Annual returns of the Patna Lunatic Asylum at Bankipore in Bihar and Orissa - 1912-1924
Year: 1912
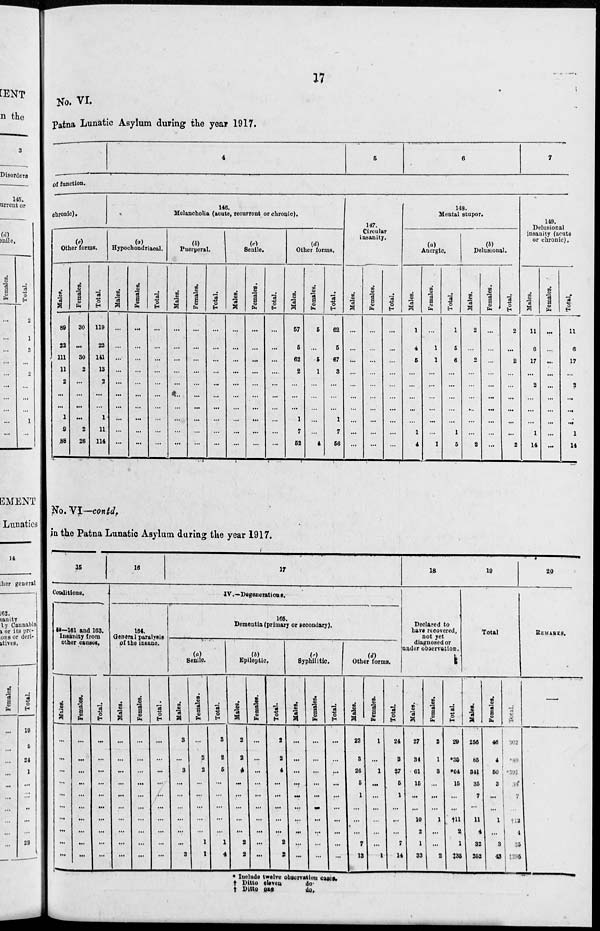
17
No. VI.
Patna Lunatic Asylum during the year 1917.
4
5
6
7
of function.
chronic)
(a)
Other forms.
Males.
89
22
111
11
2
...
...
1
9
88
Females.
30
...
30
2
...
...
...
...
2
26
Total.
119
22
141
13
2
...
...
1
11
114
146.
Melancholia (acute, recurrent or chronic).
(a)
Hypochondriacal.
Males.
...
...
...
...
...
...
...
...
...
...
Females.
...
...
...
...
...
...
...
...
...
...
Total.
...
...
...
...
...
...
...
...
...
...
(b)
Puerperal.
Males.
...
...
...
...
...
...
...
...
...
...
Females.
...
...
...
...
...
...
...
...
...
...
Total.
...
...
...
...
...
...
...
...
...
...
(c)
Senile.
Males.
...
...
...
...
...
...
...
...
...
...
Females.
...
...
...
...
...
...
...
...
...
...
Total.
...
...
...
...
...
...
...
...
...
...
(d)
Other forms.
Males.
57
5
62
2
...
...
...
1
7
52
Females.
5
...
5
1
...
...
...
...
...
4
Total.
62
5
67
3
...
...
...
1
7
56
147.
Circular
insanity.
Males.
...
...
...
...
...
...
...
...
...
...
Females.
...
...
...
...
...
...
...
...
...
...
Total.
...
...
...
...
...
...
...
...
...
...
148.
Mental stupor.
(a)
Anergic.
Males.
1
4
5
...
...
...
...
...
1
4
Females.
...
1
1
...
...
...
...
...
...
1
Total.
1
5
6
...
...
...
...
...
1
5
(b)
Delusional.
Males.
2
...
...
...
...
...
...
...
...
2
Females.
...
...
...
...
...
...
...
...
...
...
Total.
2
...
2
...
...
...
...
...
...
2
149.
Delusional
insanity (acute
or chronic).
Males.
11
6
17
...
2
...
...
...
1
14
Females.
...
...
...
...
...
...
...
...
...
...
Total.
11
6
17
...
2
...
...
...
1
14
No. VI—contd.
in the Patna Lunatic Asylum during the year 1917.
15
Conditions.
52—161 and 163.
Insanity from
other causes.
Males.
...
...
...
...
...
...
...
...
...
...
Females.
...
...
...
...
...
...
...
...
...
...
Total.
...
...
...
...
...
...
...
...
...
...
16
17
IV.—Degenerations.
164.
General paralysis
of the insane.
Males.
...
...
...
...
...
...
...
...
...
...
Females.
...
...
...
...
...
...
...
...
...
...
Total.
...
...
...
...
...
...
...
...
...
...
165.
Dementia (primary or secondary).
(a)
Senile.
Males.
3
...
3
...
...
...
...
...
...
3
Females.
...
2
2
...
...
...
...
...
1
1
Total.
3
2
5
...
...
...
...
...
1
4
(b)
Epileptic.
Males.
2
2
4
...
...
...
...
...
2
2
Females.
...
...
...
...
...
...
...
...
...
...
Total.
2
2
4
...
...
...
...
...
2
2
(c)
Syphilitic.
Males.
...
...
...
...
...
...
...
...
...
...
Females.
...
...
...
...
...
...
...
...
...
...
Total.
...
...
...
...
...
...
...
...
...
...
(d)
Other forms.
Males.
23
3
26
5
1
...
...
...
7
1 3
Females.
1
...
1
... ...
...
...
...
...
1
Total.
24
3
27
5
1
...
...
...
7
14
18
Declared to
have recovered,
not yet
diagnosed or
under observation.
Males.
27
34
61
15
...
...
10
2
1
33
Females.
2
1
3
...
...
...
1
...
...
2
Total.
29
*35
*64
15
...
...
†11
2
1
‡35
19
Total.
Males.
256
85
341
35
7
...
11
4
32
252
Females.
46
4
50
3
...
...
1
...
3
43
Total.
302
*89
*391
38
7
...
†12
4
35
‡295
20
REMARKS.
—
* Include twelve observation cases.
† Ditto eleven
do.
† Ditto one
do.